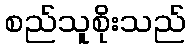
စည်သူစိုးသည်